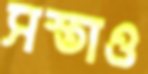
সস্তাও